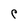
Character: C